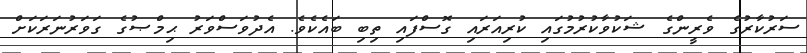
ސަރުކާރުގެ ވެރީންގެ ޝަކުވާކުރުމުގައި ކުރިއަރައި ގޮސްފައި ތިބި ބައެކެވެ. އެދުވަސްވަރު ޙިމްޞުގެ ގަވަރުނަރަކަށް